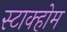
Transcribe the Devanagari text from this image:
स्टाक्होम